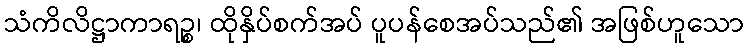
သံကိလိဋ္ဌာကာရဉ္စ၊ ထိုနှိပ်စက်အပ် ပူပန်စေအပ်သည်၏ အဖြစ်ဟူသော